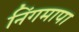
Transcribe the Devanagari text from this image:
निंगमापा